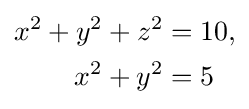
{\begin{aligned}x^{2}+y^{2}+z^{2}&=10,\\x^{2}+y^{2}&=5\end{aligned}}